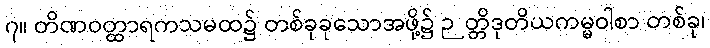
၇။ တိဏဝတ္ထာရကသမထ၌ တစ်ခုခုသောအဖို့၌ ဉတ္တိဒုတိယကမ္မဝါစာ တစ်ခု၊